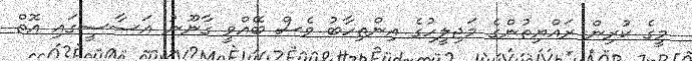
މީގެ ކުރިން ރައްޔިތުންގެ މަޖިލީހުގެ އިންތިހާބު ވެސް ބޭއްވީ ގާނޫނު އަސާސީގައި އޮތް